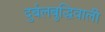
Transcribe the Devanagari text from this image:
दुर्बलबुद्धिवाली